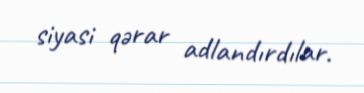
siyasi qərar adlandırdılar.